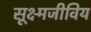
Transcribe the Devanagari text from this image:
सूक्ष्मजीविय